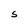
Character: S